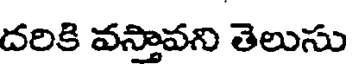
దరికి వస్తావని తెలుసు